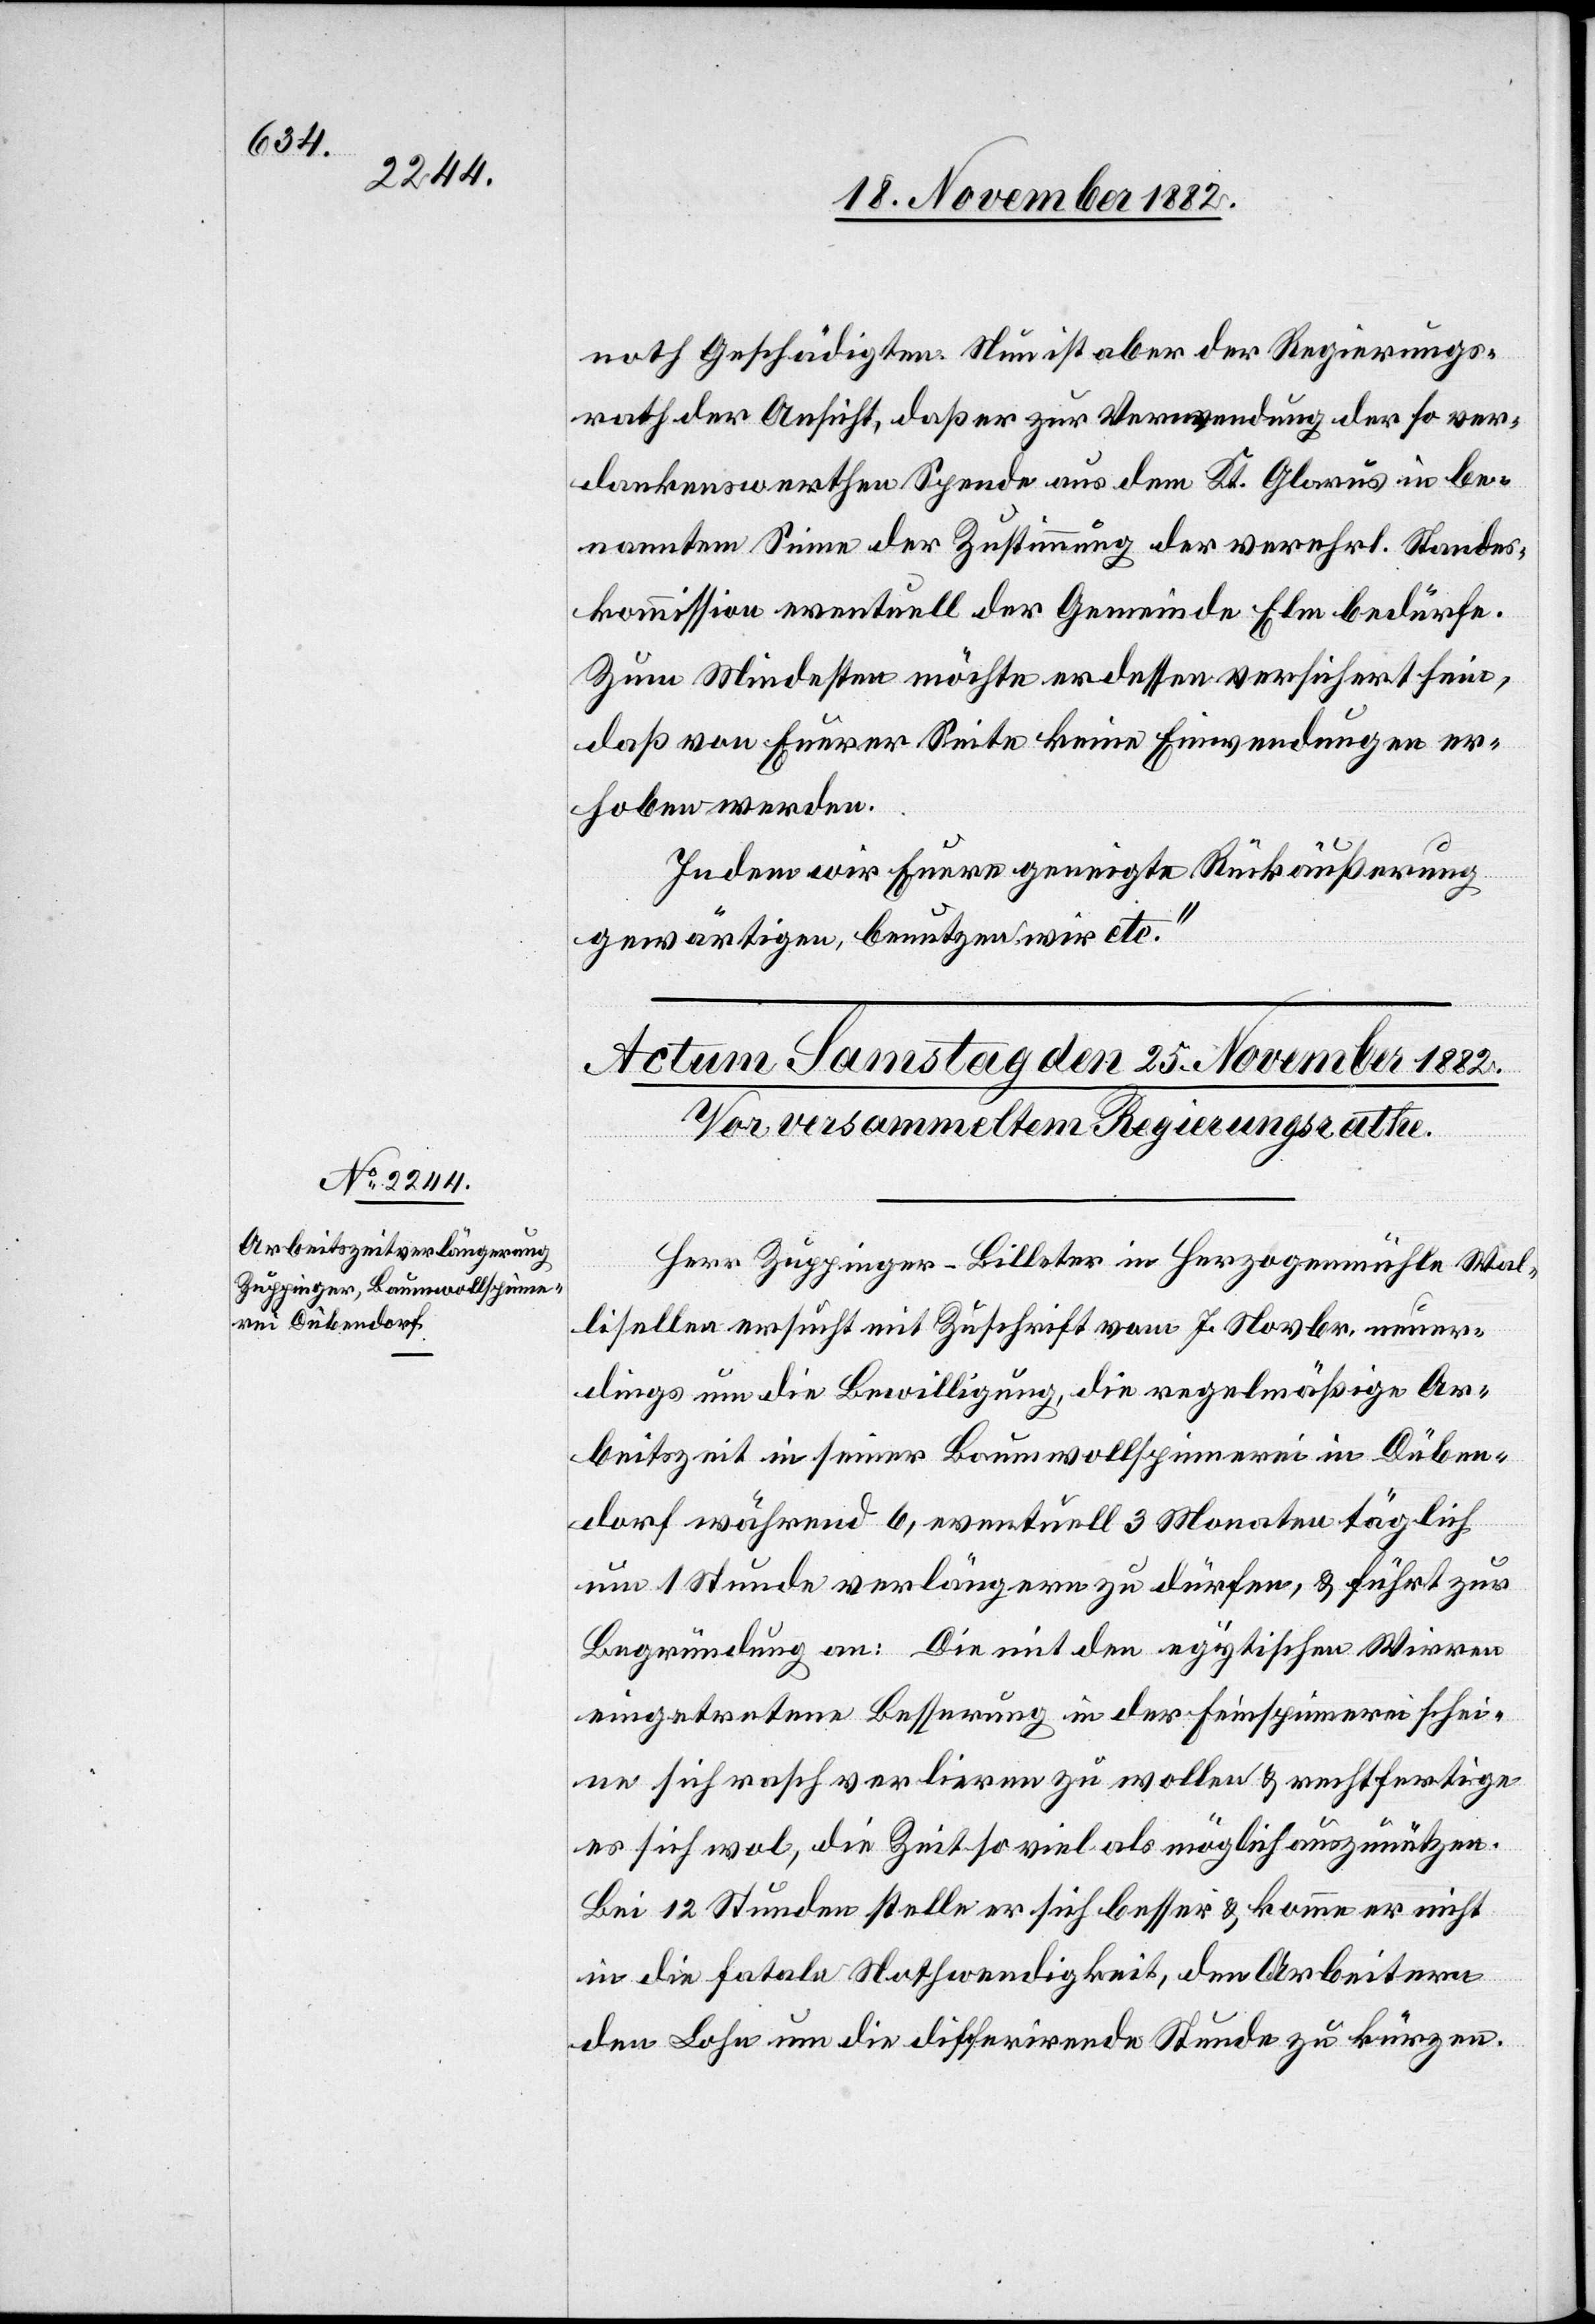
noth Geschädigten. Nun ist aber der Regierungs¬
rath der Ansicht, daß er zur Verwendung der so ver¬
dankenswerthen Spende aus dem Kt. Glarus in be¬
nanntem Sinne der Zustimmung der verehrl. Standes¬
kommission eventuell der Gemeinde Elm bedürfe.
Zum Mindesten möchte er dessen versichert sein,
daß von Eurer Seite keine Einwendungen er¬
hoben werden.
Indem wir Euere geneigte Rückäußerung
gewärtigen, benutzen wir etc.“
Herr Zuppinger-Billeter in Herzogenmühle Wal¬
lisellen ersucht mit Zuschrift vom 7. Novbr. neuer¬
dings um die Bewilligung, die regelmäßige Ar¬
beitszeit in seiner Baumwollspinnerei in Düben¬
dorf während 6, eventuell 3 Monaten täglich
um 1 Stunde verlängern zu dürfen, & führt zur
Begründung an: Die mit den egyptischen Wirren
eingetretene Besserung der Feinspinnerei schei¬
ne sich rasch verlieren zu wollen & rechtfertige
es sich wol, die Zeit so viel als möglich auszunützen.
Bei 12 Stunden stelle er sich besser & komme er nicht
in die fatale Nothwendigkeit, den Arbeitern
den Lohn um die differirende Stunde zu kürzen.